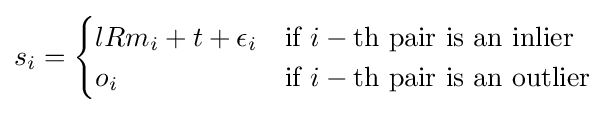
s_{i}={\begin{cases}lRm_{i}+t+\epsilon _{i}&{\text{if }}i-{\text{th pair is an inlier}}\\o_{i}&{\text{if }}i-{\text{th pair is an outlier}}\end{cases}}